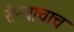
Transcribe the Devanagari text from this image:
सैन्याचाच